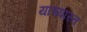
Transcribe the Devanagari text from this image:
यांच्यास्त